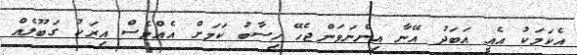
އެކަމަކު އެއީ އަބަދު އޭނާ އިންނަވަންޖެހޭ ހިސާބު ކަމަށް އެއްވެސް އިރަކު ގަބޫލެއް